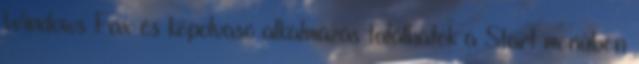
Windows Fax és képolvasó alkalmazás találhatók a Start menüben